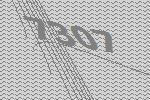
7307